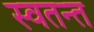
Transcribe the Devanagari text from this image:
स्वतन्त